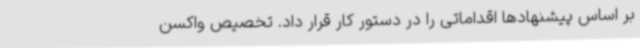
بر اساس پیشنهادها اقداماتی را در دستور کار قرار داد. تخصیص واکسن